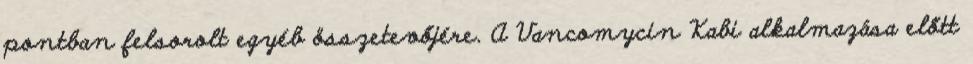
pontban felsorolt egyéb összetevőjére. A Vancomycin Kabi alkalmazása előtt